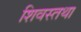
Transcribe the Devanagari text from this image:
शिवस्तथा